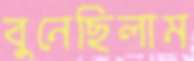
বুনেছিলাম